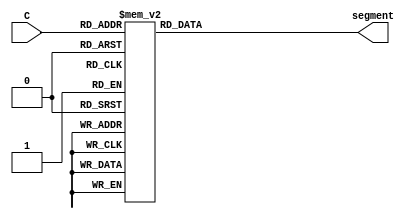
// implements a 7-segment decoder for d, E, 1 and 0
module char_7seg (C, segment);
input [3:0] C; // input code
output reg [0:6] segment; // output 7-seg code

always@(C) begin
	case(C)
		//display 0
		4'b0000: segment = 7'b0000001;
		//display 1
		4'b0001: segment = 7'b1001111;
		//display 2
		4'b0010: segment = 7'b0010010;
		//display 3
		4'b0011: segment = 7'b0000110;
		//display 4
		4'b0100: segment = 7'b1001100;
		//display 5
		4'b0101: segment = 7'b0100100;
		//display 6
		4'b0110: segment = 7'b0100000;
		//display 7
		4'b0111: segment = 7'b0001111;
		//display 8
		4'b1000: segment = 7'b0000000;
		//display 9
		4'b1001: segment = 7'b0000100;
		default: segment = 7'b1111111;
	endcase
end

endmodule